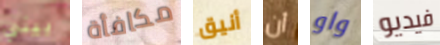
بيني مكافأة أنيق أن واو فيديو